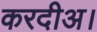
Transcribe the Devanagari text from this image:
करदीअ।